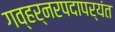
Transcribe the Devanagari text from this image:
गव्हर्नरपदापर्यंत